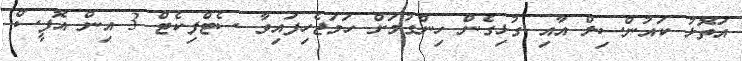
އަތޮޅު ކައުންސިލް އާއި ގުޅިގެން ހިންގުމަށް ހަމަޖެހިފައިވާ ސެޓްފިކެޓް 3 އިން އޮފީސް